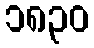
၁၈၃၀